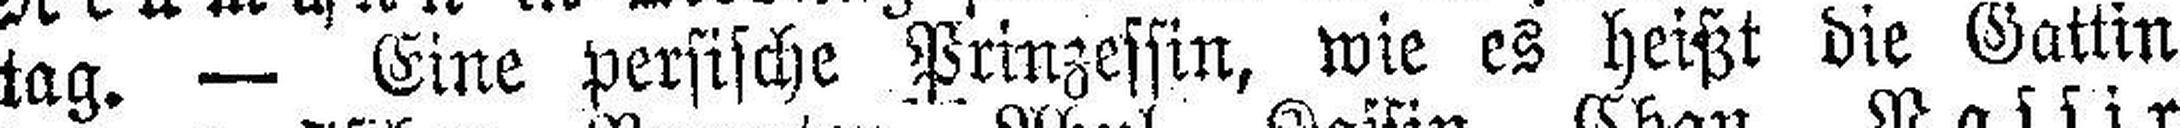
tag. — Eine persische Prinzessin, wie es heißt die Gattin